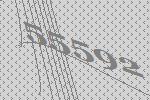
55592